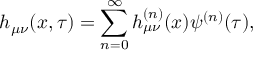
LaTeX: h _ { \mu \nu } ( x , \tau ) = \sum _ { n = 0 } ^ { \infty } h _ { \mu \nu } ^ { ( n ) } ( x ) \psi ^ { ( n ) } ( \tau ) ,